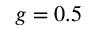
g = 0 . 5